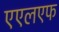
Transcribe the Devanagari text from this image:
एएलएफ